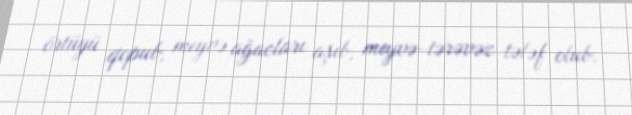
örtüyü qopub, meyvə ağacları aşıb, meyvə-tərəvəz tələf olub.